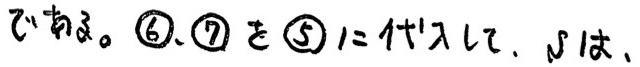
です。\textcircled{6}、\textcircled{7}を\textcircled{5}に代入して、すなわち、